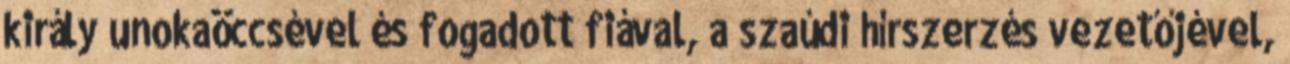
király unokaöccsével és fogadott fiával, a szaúdi hírszerzés vezetőjével,